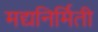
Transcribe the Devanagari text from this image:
मद्यनिर्मिती